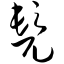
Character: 髡